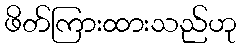
ဖိတ်ကြားထားသည်ဟု